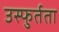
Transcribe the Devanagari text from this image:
उस्फुर्तता